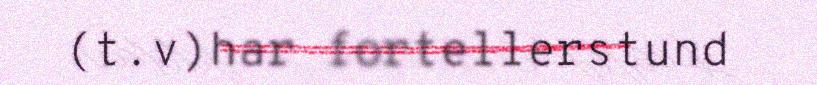
(t.v)har fortellerstund